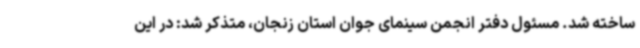
ساخته شد. مسئول دفتر انجمن سینمای جوان استان زنجان، متذکر شد: در این